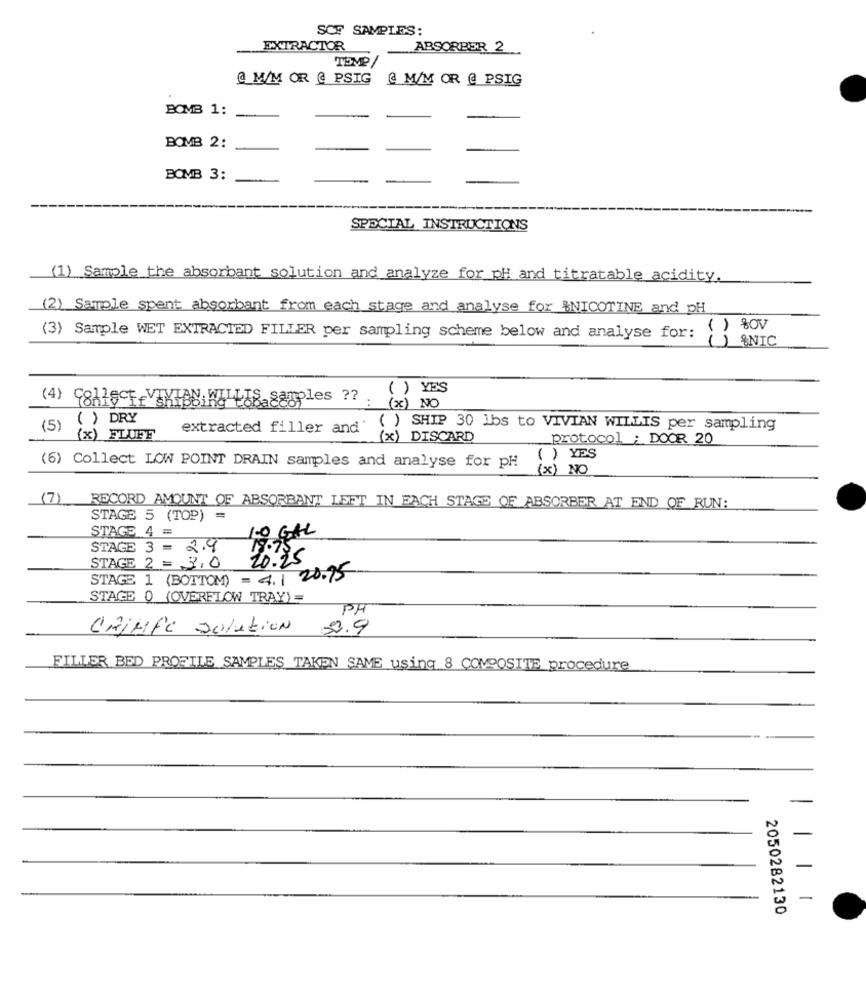
SCF SAMPLES:
EXTRACTOR
ABSORBER 2
@ M/M OR @ PSIG
@ M/M OR @ PSIG
BOMB 1:
BOMB 2:
BOMB 3:
SPECIAL INSTRUCTIONS
(1) Sample the absorbant solution and analyze for pH and titratable acidity.
(2) Sample spent absorbant from each stage and analyse for $NICOTINE and PH
( ) &OV
(3) Sample WET EXTRACTED FILLER per sampling scheme below and analyse for:
DESNIC
( ) YES
(4) Collect VEKIAN WILLIS samples ??
(x) NO
( ) DRY
(5)
extracted filler and'
( ) SHIP 30 1bs to VIVIAN WILLIS per sampling
(x) FLUFF
(x) DISCARD
protocol : DOOR 20
( ) YES
(6) Collect LOW POINT DRAIN samples and analyse for pH
(x) NO
(7) RECORD AMOUNT OF ABSORBANT LEFT IN EACH STAGE OF ABSORBER AT END OF RUN:
STAGE 5 (TOP) =
STAGE 4
1.0 GAL
STAGE 3 = 2.9
STAGE 2 = 3,0
10.25
STAGE 1 (BOTTOM) = 4.1 20.95
STAGE 0 (OVERFLOW TRAY) =
PH
CHIHFC Solution
52.9
FILLER BED PROFILE SAMPLES TAKEN SAME using 8 COMPOSITE procedure
-
2050282130